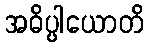
အဓိပ္ပါယောတိ